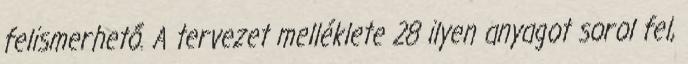
felismerhető. A tervezet melléklete 28 ilyen anyagot sorol fel,